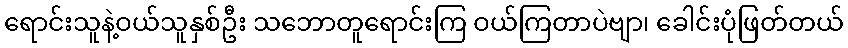
ရောင်းသူနဲ့ဝယ်သူနှစ်ဦး သဘောတူရောင်းကြ ဝယ်ကြတာပဲဗျာ၊ ခေါင်းပုံဖြတ်တယ်